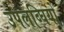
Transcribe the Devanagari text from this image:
उपलब्घियों